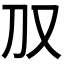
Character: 𪠤